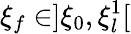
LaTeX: \xi_{f}\in]\xi_{0},\xi_{l}^{1}[